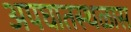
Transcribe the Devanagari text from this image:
अपघातस्थळास